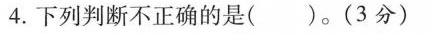
4.下列判断不正确的是( )。(3分)